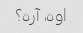
اوه، آره؟